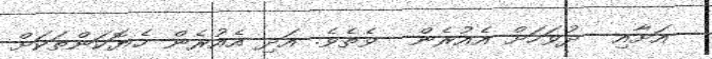
އަށާއި  ދުވަހަށް އެއުރެން  ވެތެވެ. އަދި އެއުރެން ހެޔޮކަންތަކަށް